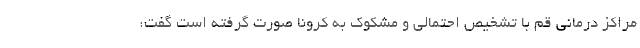
مراکز درمانی قم با تشخیص احتمالی و مشکوک به کرونا صورت گرفته است گفت: